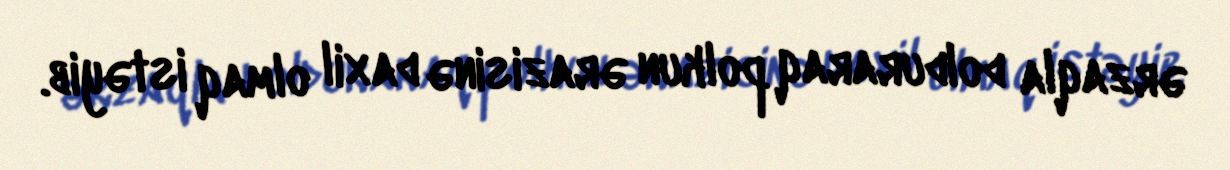
ərzaqla dolduraraq polkun ərazisinə daxil olmaq istəyib.